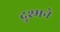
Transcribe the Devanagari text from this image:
दुश्मने